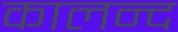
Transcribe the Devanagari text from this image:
कालन्द